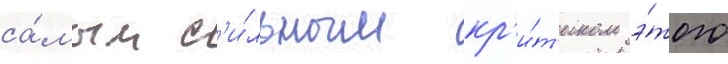
са́мым с'и́льным кр'и́т'иком э́того